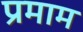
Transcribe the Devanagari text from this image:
प्रमाम